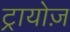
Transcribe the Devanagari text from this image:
ट्रायोज़